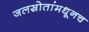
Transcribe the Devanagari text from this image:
जलस्रोतांमधूनच